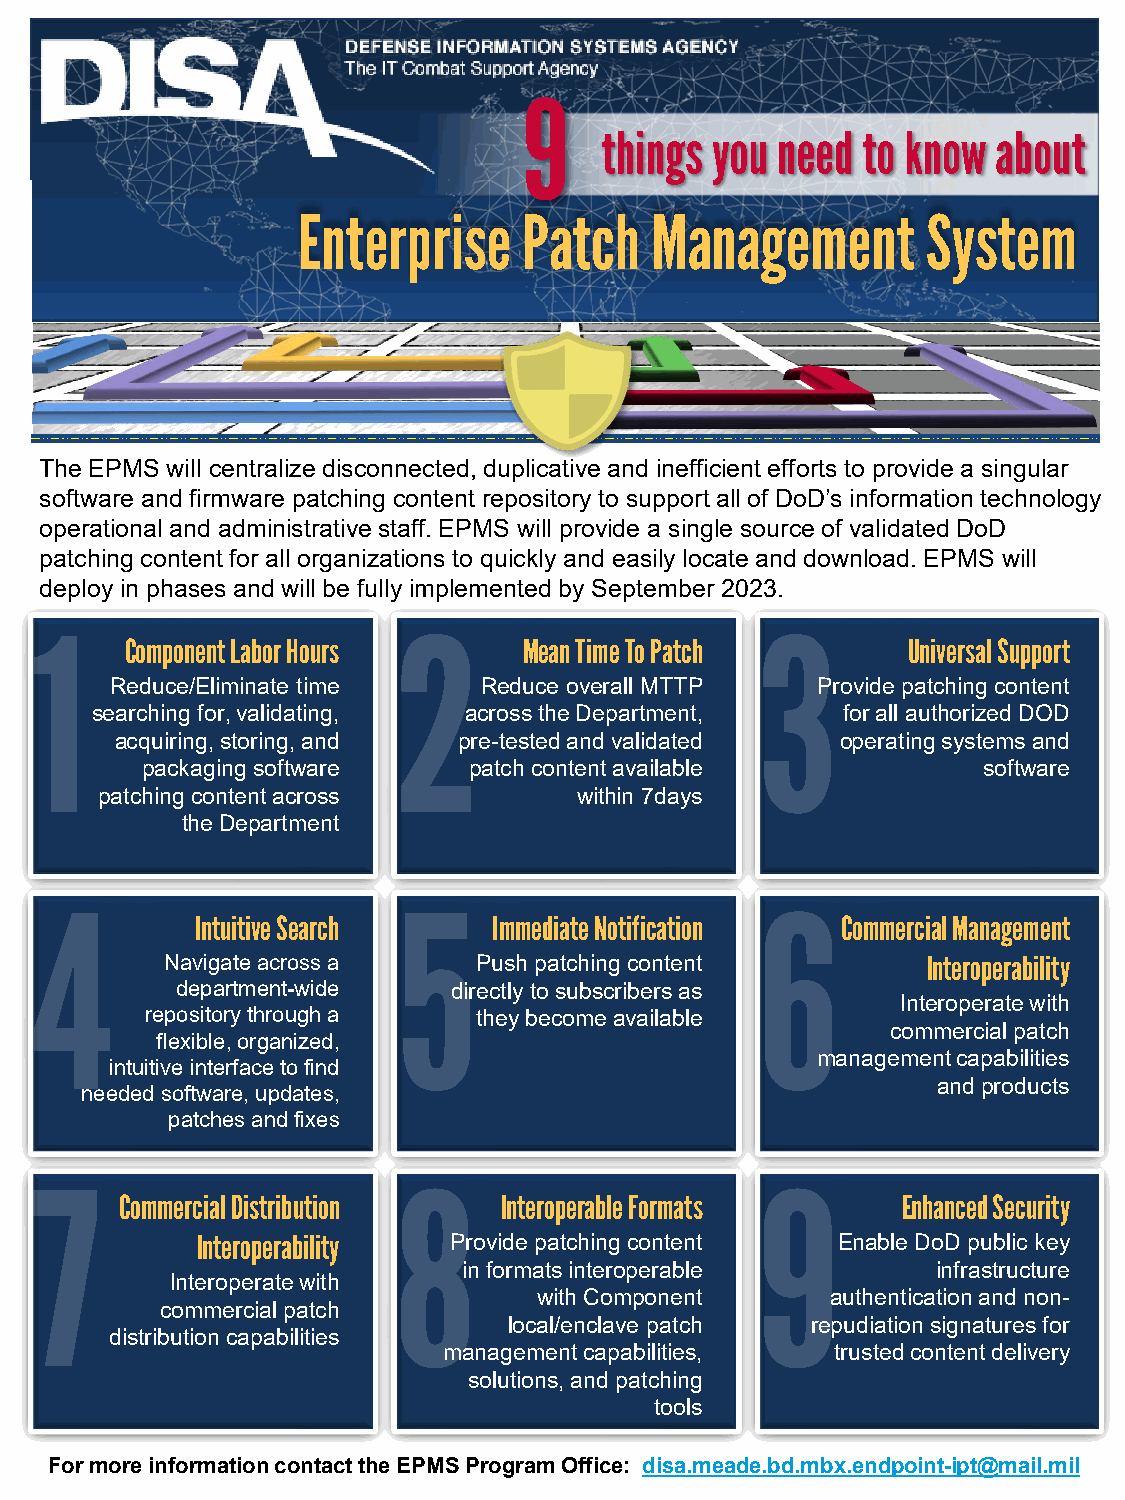
9
 things you need  to know  about
 Enterprise     Patch   Management        System
 The EPMS will centralize disconnected, duplicative and inefficient efforts to provide a singular
 software and firmware patching content repository to support all of DoD’s information technology
 operational and administrative staff. EPMS will provide a single source of validated DoD
 patching content for all organizations to quickly and easily locate and download. EPMS will
 deploy in phases and will be fully implemented by September 2023.
 Component Labor Hours      Mean Time To Patch       Universal Support
 Reduce/Eliminate time    Reduce overall MTTP   Provide patching content
 searching for, validating, across the Department, for all authorized DOD
 acquiring, storing, and pre-tested and validated operatingsystemsand
 packaging software    patch content available           software
 patching content across         within 7days
 the Department
 Intuitive Search    Immediate Notification Commercial Management
 Navigate across a    Push patching content        Interoperability
 department-wide   directly to subscribers as
 Interoperate with
 repository through a they becomeavailable
 commercial patch
 flexible,organized,
 management capabilities
 intuitive interface to find
 and products
 needed software, updates,
 patches and fixes
 Commercial Distribution  Interoperable Formats      Enhanced Security
 Interoperability Provide patching content Enable DoD public key
 in formats interoperable       infrastructure
 Interoperate with
 with Component     authentication and non-
 commercial patch
 local/enclave patch repudiation signatures for
 distribution capabilities
 management capabilities,  trusted content delivery
 solutions, and patching
 tools
 For more information contact the EPMS Program Office: disa.meade.bd.mbx.endpoint-ipt@mail.mil